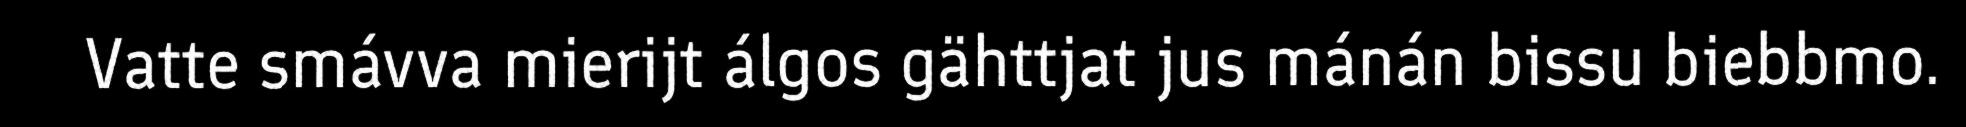
Vatte smávva mierijt álgos gähttjat jus mánán bissu biebbmo.